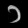
Digit: ၁